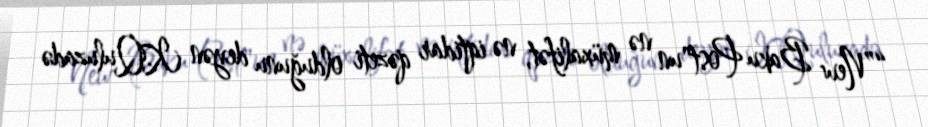
“”New Baku Post"un nə müxalifət, nə iqtidar qəzeti olduğunu deyən K.Quluzadə